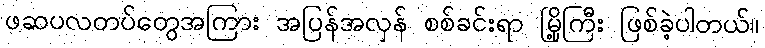
ဖဆပလတပ်တွေအကြား အပြန်အလှန် စစ်ခင်းရာ မြို့ကြီး ဖြစ်ခဲ့ပါတယ်။